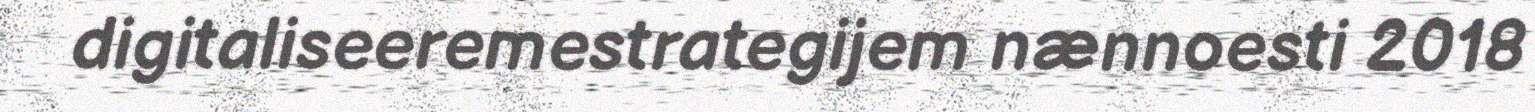
digitaliseeremestrategijem nænnoesti 2018